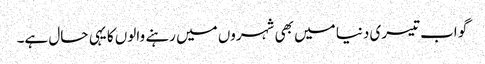
گو اب تیسری دنیا میں بھی شہروں میں رہنے والوں کا یہی حال ہے۔